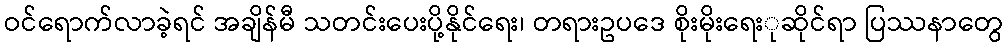
ဝင်ရောက်လာခဲ့ရင် အချိန်မီ သတင်းပေးပို့နိုင်ရေး၊ တရားဥပဒေ စိုးမိုးရေးုဆိုင်ရာ ပြဿနာတွေ